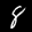
Label: 8